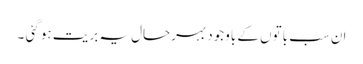
ان سب باتوں کے باوجود بہرحال یہ بریت ہو گئی ۔